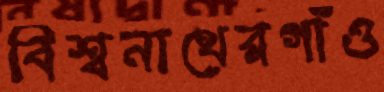
বিশ্বনাথেরগাঁও